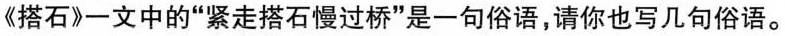
《搭石》一文中的“紧走搭石慢过桥”是一句俗语，请你也写几句俗语。